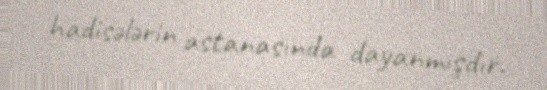
hadisələrin astanasında dayanmışdır.